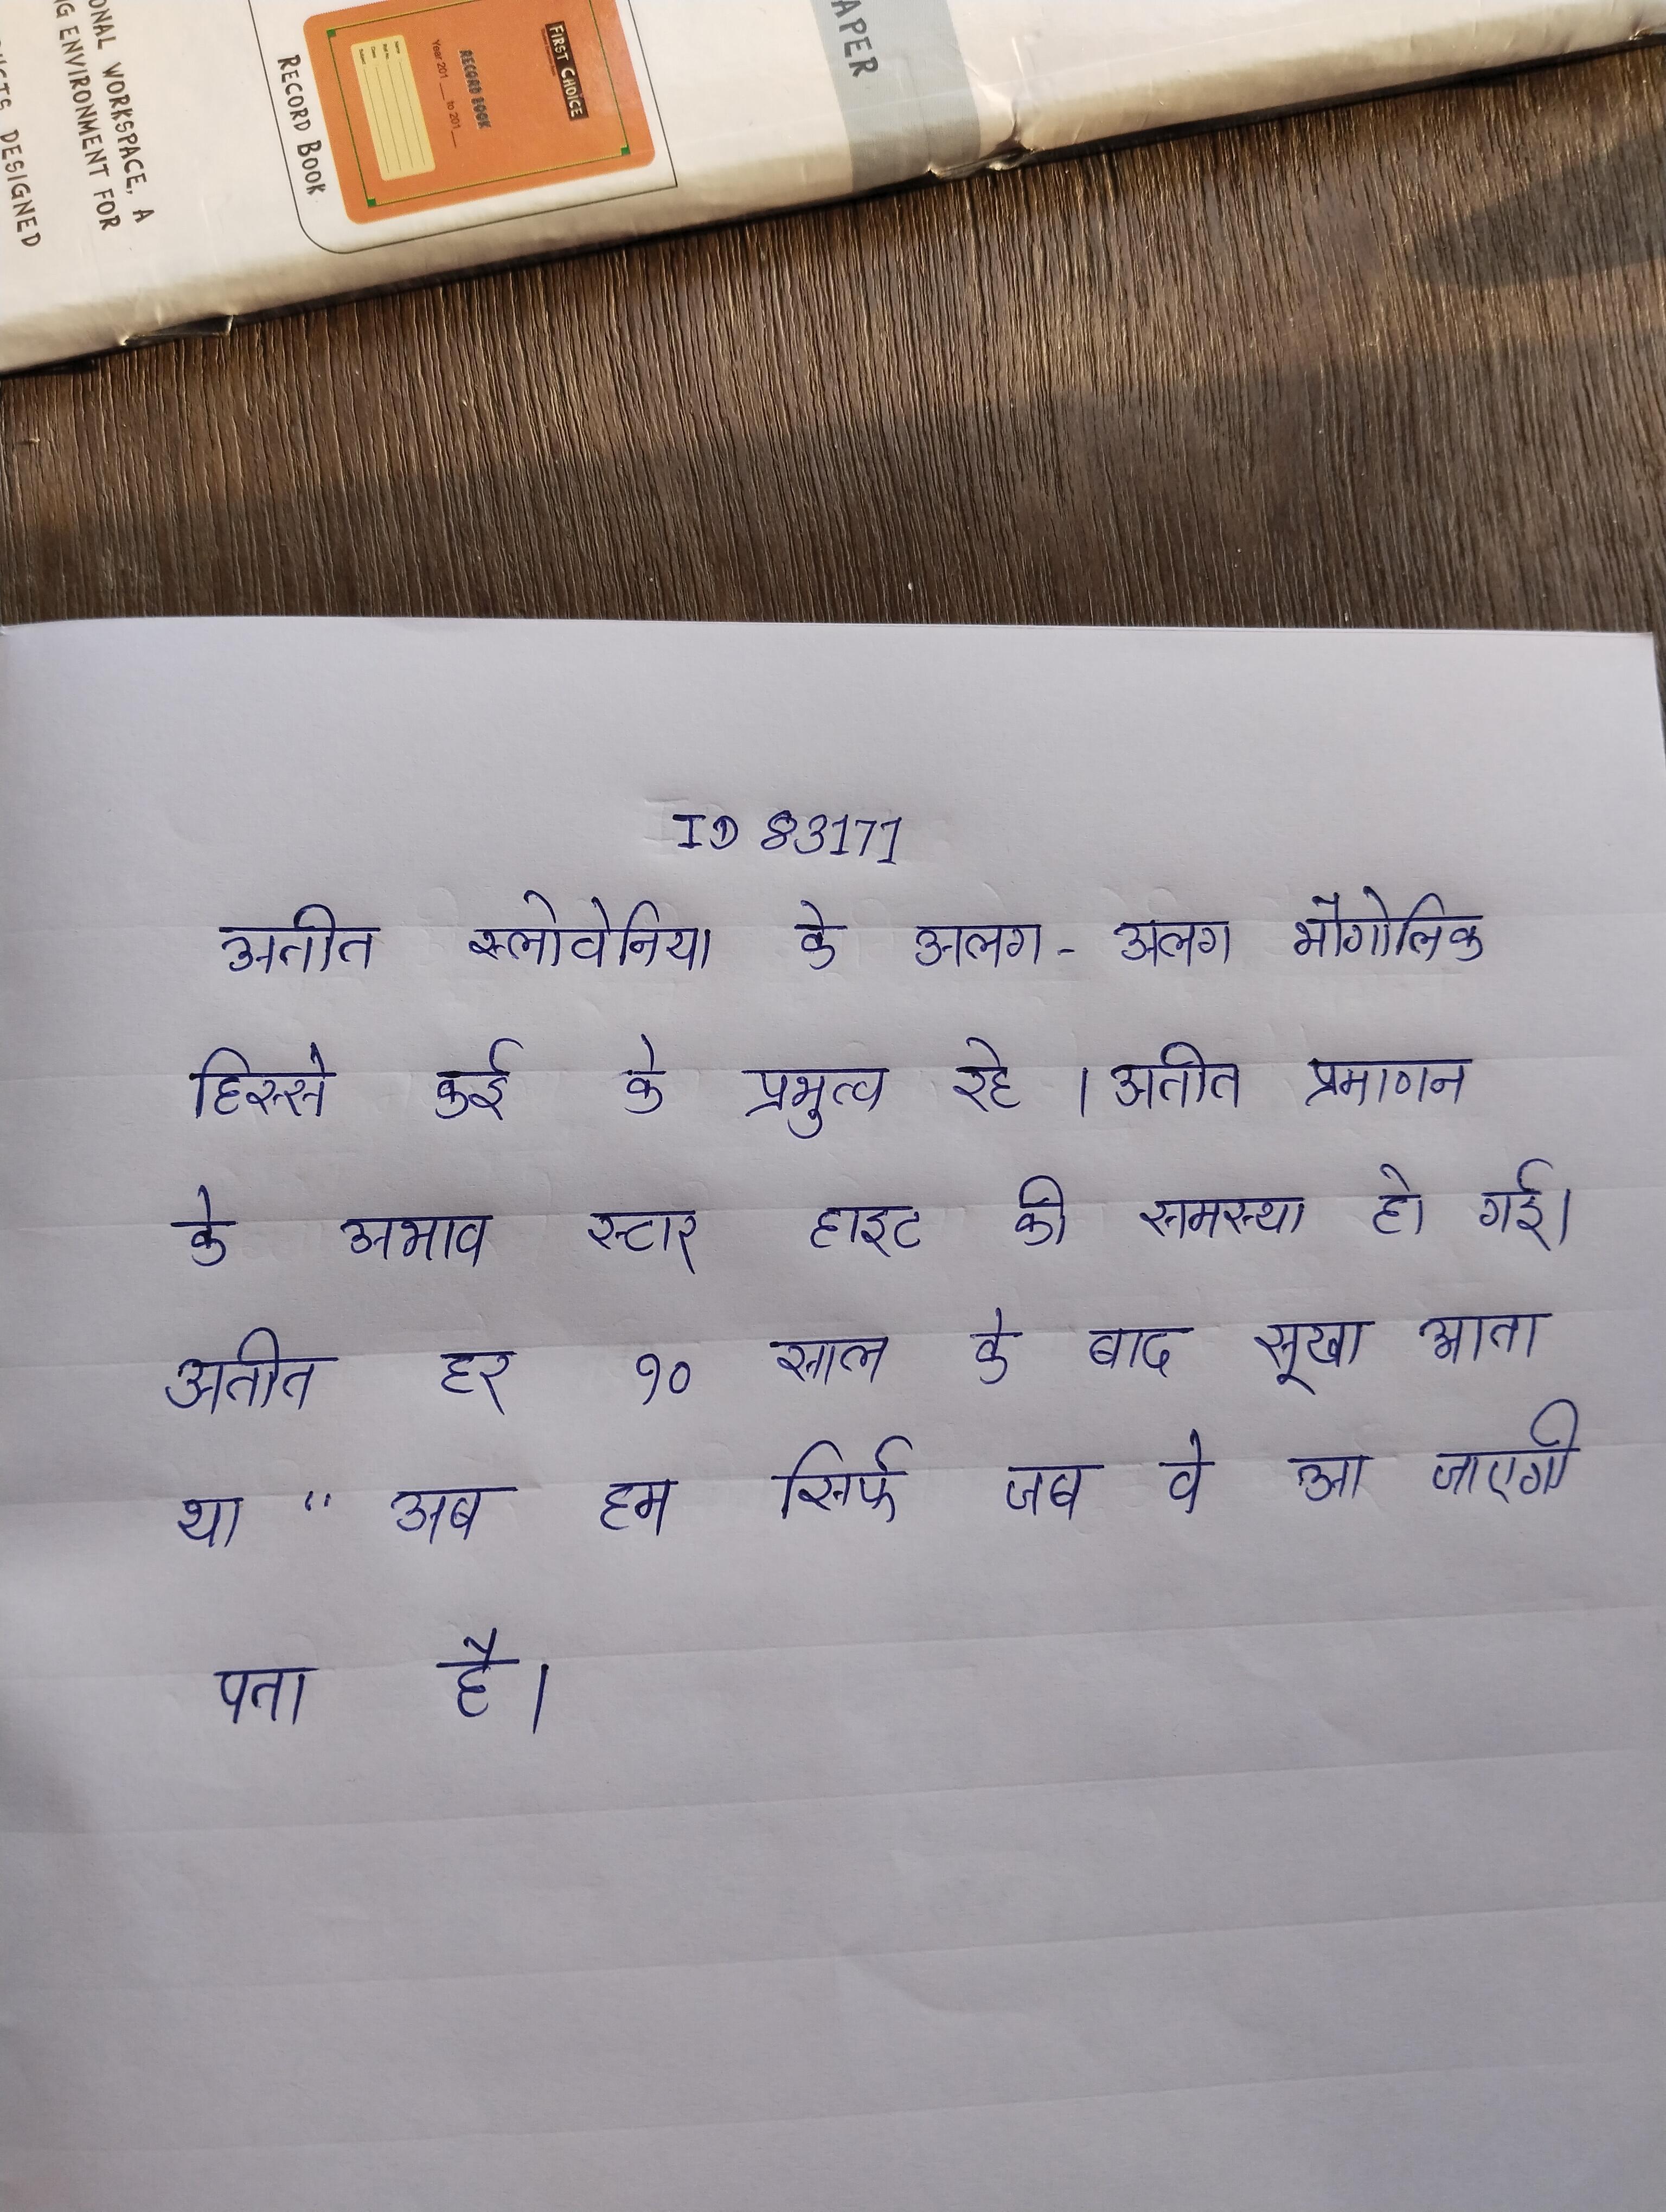
अतीत स्लोवेनिया के अलग-अलग भौगोलिक हिस्से कई के प्रभुत्व रहे । अतीत प्रमाणन के अभाव स्टार हाइट की समस्या हो गई । अतीत हर १० साल के बाद सूखा आता था "अब हम सिर्फ जब वे आ जाएगी पता है ।